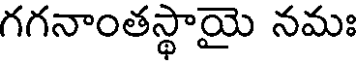
గగనాంతస్థాయై నమః